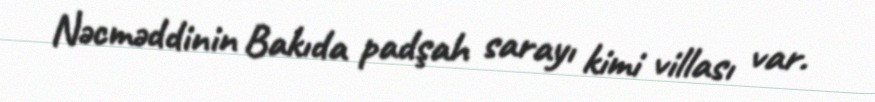
Nəcməddinin Bakıda padşah sarayı kimi villası var.